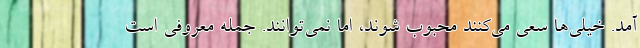
آمد. خیلی‌ها سعی می‌کنند محبوب شوند، اما نمی‌توانند. جمله معروفی است